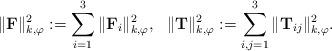
LaTeX: \begin{align*}\|{\bf F}\|_{k,\varphi}^2 : =\sum_{i=1}^3 \|{\bf F}_i\|_{k,\varphi}^2, \ \ \|{\bf T}\|_{k,\varphi}^2 : =\sum_{i,j=1}^3 \|{\bf T}_{ij}\|_{k,\varphi}^2.\end{align*}